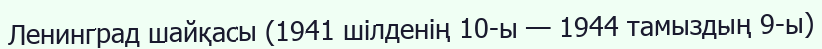
Ленинград шайқасы (1941 шілденің 10-ы — 1944 тамыздың 9-ы)